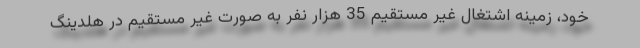
خود، زمینه اشتغال غیر مستقیم 35 هزار نفر به صورت غیر مستقیم در هلدینگ